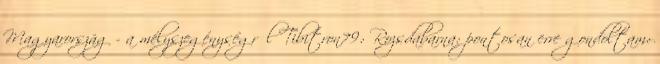
Magyarország - a mélyszegénységről Tibitron79: Rozsdabarna: pontosan erre gondoltam: